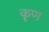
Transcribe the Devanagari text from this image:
कृण